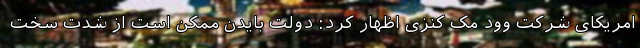
امریکای شرکت وود مک کنزی اظهار کرد: دولت بایدن ممکن است از شدت سخت